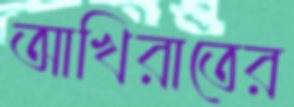
আখিরাতের